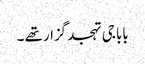
بابا جی تہجد گزار تھے ۔